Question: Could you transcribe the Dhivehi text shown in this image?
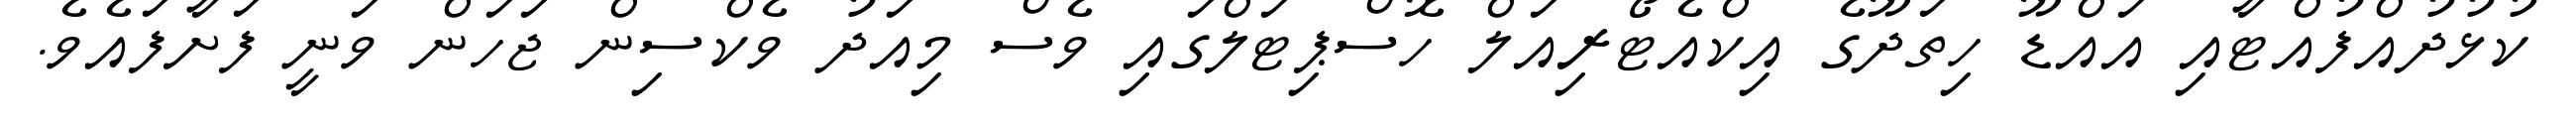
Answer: ކުޅުދުއްފުއްޓާއި އައްޑޫ ހިތަދޫގެ އިކްއެޓޯރިއަލް ހޮސްޕިޓަލްގައި ވެސް މިއަދު ވެކްސިން ޖަހަން ވަނީ ފަށާފައެވެ.